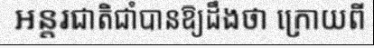
អន្តរជាតិជាំបានឱ្យដឹងថា ក្រោយពី